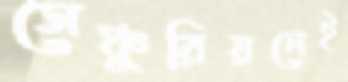
সেঞ্চুরিয়নেই